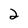
Character: 2